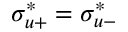
\sigma _ { u + } ^ { * } = \sigma _ { u - } ^ { * }